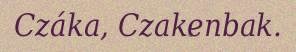
Czáka, Czakenbak.